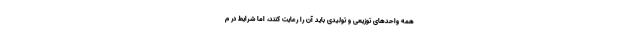
همه واحدهای توزیعی و تولیدی باید آن را رعایت کنند، اما شرایط در م